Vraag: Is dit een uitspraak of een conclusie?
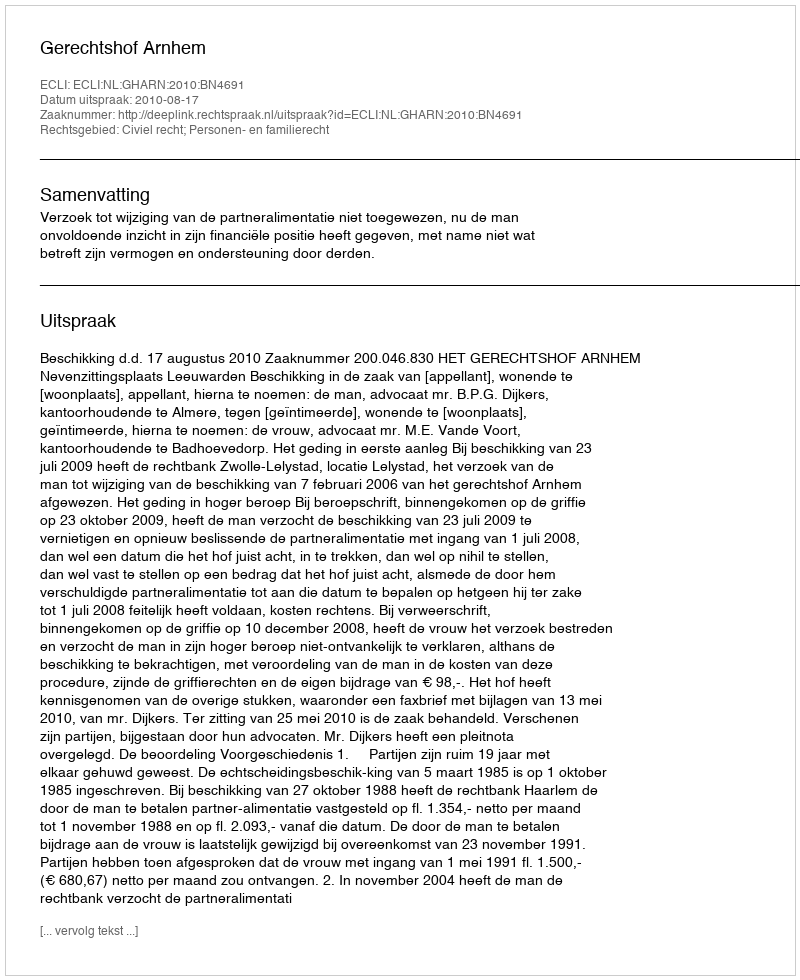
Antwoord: Uitspraak